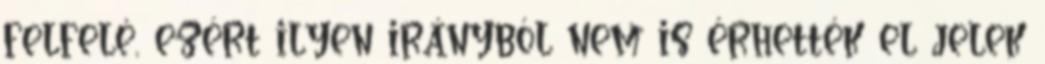
felfelé, ezért ilyen irányból nem is érhették el jelek